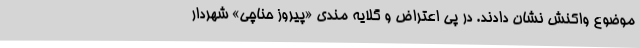
موضوع واکنش نشان دادند. در پی اعتراض و گلایه مندی «پیروز حناچی» شهردار